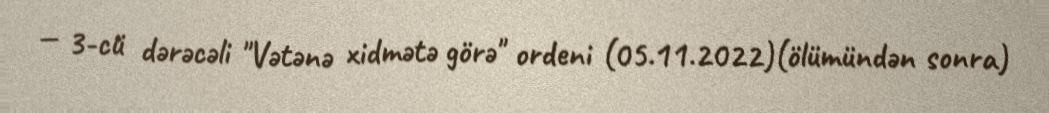
— 3-cü dərəcəli "Vətənə xidmətə görə" ordeni (05.11.2022)(ölümündən sonra)